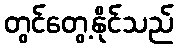
တွင်တွေ့နိုင်သည်